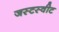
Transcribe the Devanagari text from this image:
जस्टस्वीट